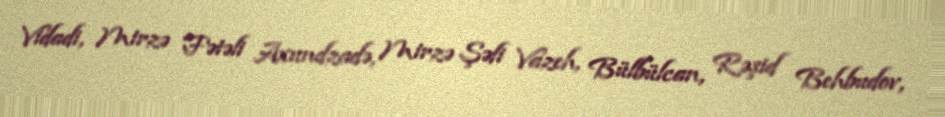
Vidadi, Mirzə Fətəli Axundzadə, Mirzə Şəfi Vazeh, Bülbülcan, Rəşid Behbudov,